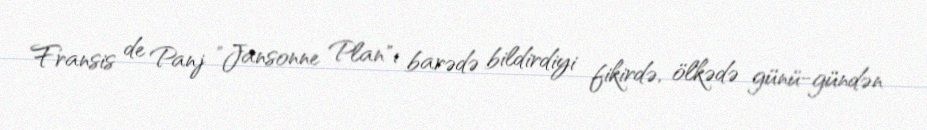
Fransis de Panj "Jansonne Plan"ı barədə bildirdiyi fikirdə, ölkədə günü-gündən